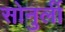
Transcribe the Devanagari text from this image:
सोनुर्ली